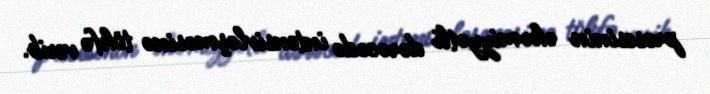
prosesinin əhəmiyyətli dərəcədə intensivləşməsinə töhfə verib.